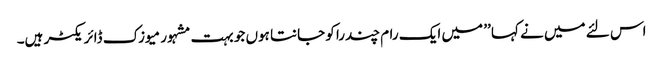
اس لئے میں نے کہا ’’ میں ایک رام چندرا کو جانتا ہوں جو بہت مشہور میوزک ڈائریکٹر ہیں۔